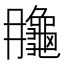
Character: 𪚮